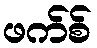
ဖက်စ်